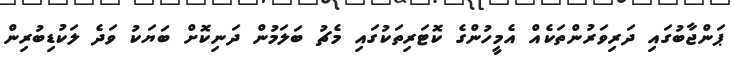
ޕަންޖާބުގައި ދަރިވަރުންތަކެއް އެމީހުންގެ ކޮޓަރިތަކުގައި މެޗު ބަލަމުން ދަނިކޮށް ބަޔަކު ވަދެ ލަކުޑިބުރިން